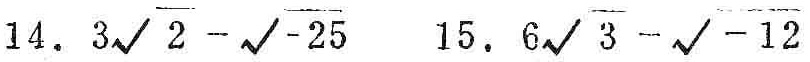
14. \(3\sqrt{2}-\sqrt{-25}\)
15. \(6\sqrt{3}-\sqrt{-12}\)